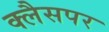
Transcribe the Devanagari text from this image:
क्लैसपर